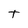
Character: t